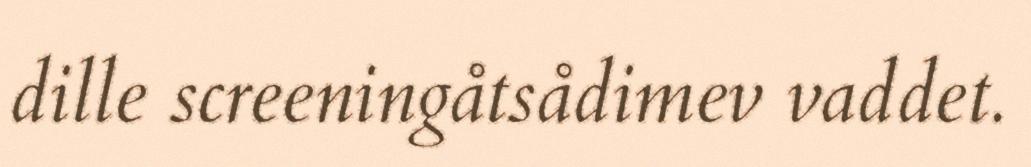
dille screeningåtsådimev vaddet.